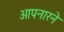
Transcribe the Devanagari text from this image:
आपनारने